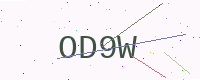
Text: OD9W